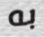
به